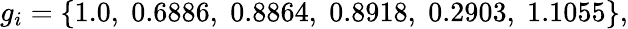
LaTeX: g_{i}=\left\{ 1.0,\; 0.6886,\; 0.8864,\; 0.8918,\; 0.2903,\; 1.1055\right\} ,